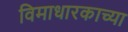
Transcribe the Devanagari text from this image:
विमाधारकाच्या